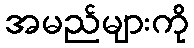
အမည်များကို